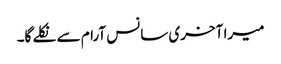
میرا آخری سانس آرام سے نکلے گا۔